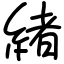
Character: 緒